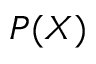
P ( X )